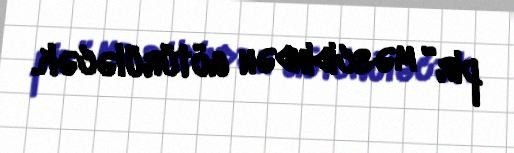
pir” məscidindən götürüləcək.